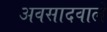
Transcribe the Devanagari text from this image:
अवसादवाले